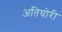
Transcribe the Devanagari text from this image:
अतिघोरी